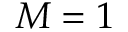
M = 1